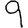
Digit: 9